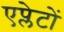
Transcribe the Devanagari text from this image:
एप्लेटों